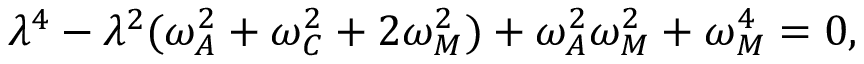
\lambda ^ { 4 } - \lambda ^ { 2 } ( \omega _ { A } ^ { 2 } + \omega _ { C } ^ { 2 } + 2 \omega _ { M } ^ { 2 } ) + \omega _ { A } ^ { 2 } \omega _ { M } ^ { 2 } + \omega _ { M } ^ { 4 } = 0 ,